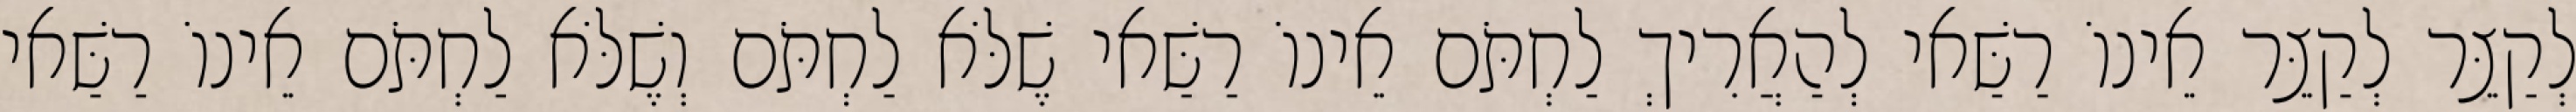
לְקַצֵּר לְקַצֵּר אֵינוֹ רַשַּׁאי לְהַאֲרִיךְ לַחְתֹּם אֵינוֹ רַשַּׁאי שֶׁלֹּא לַחְתֹּם וְשֶׁלֹּא לַחְתֹּם אֵינוֹ רַשַּׁאי